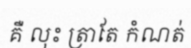
គឺ លុះ ត្រាតែ កំណត់